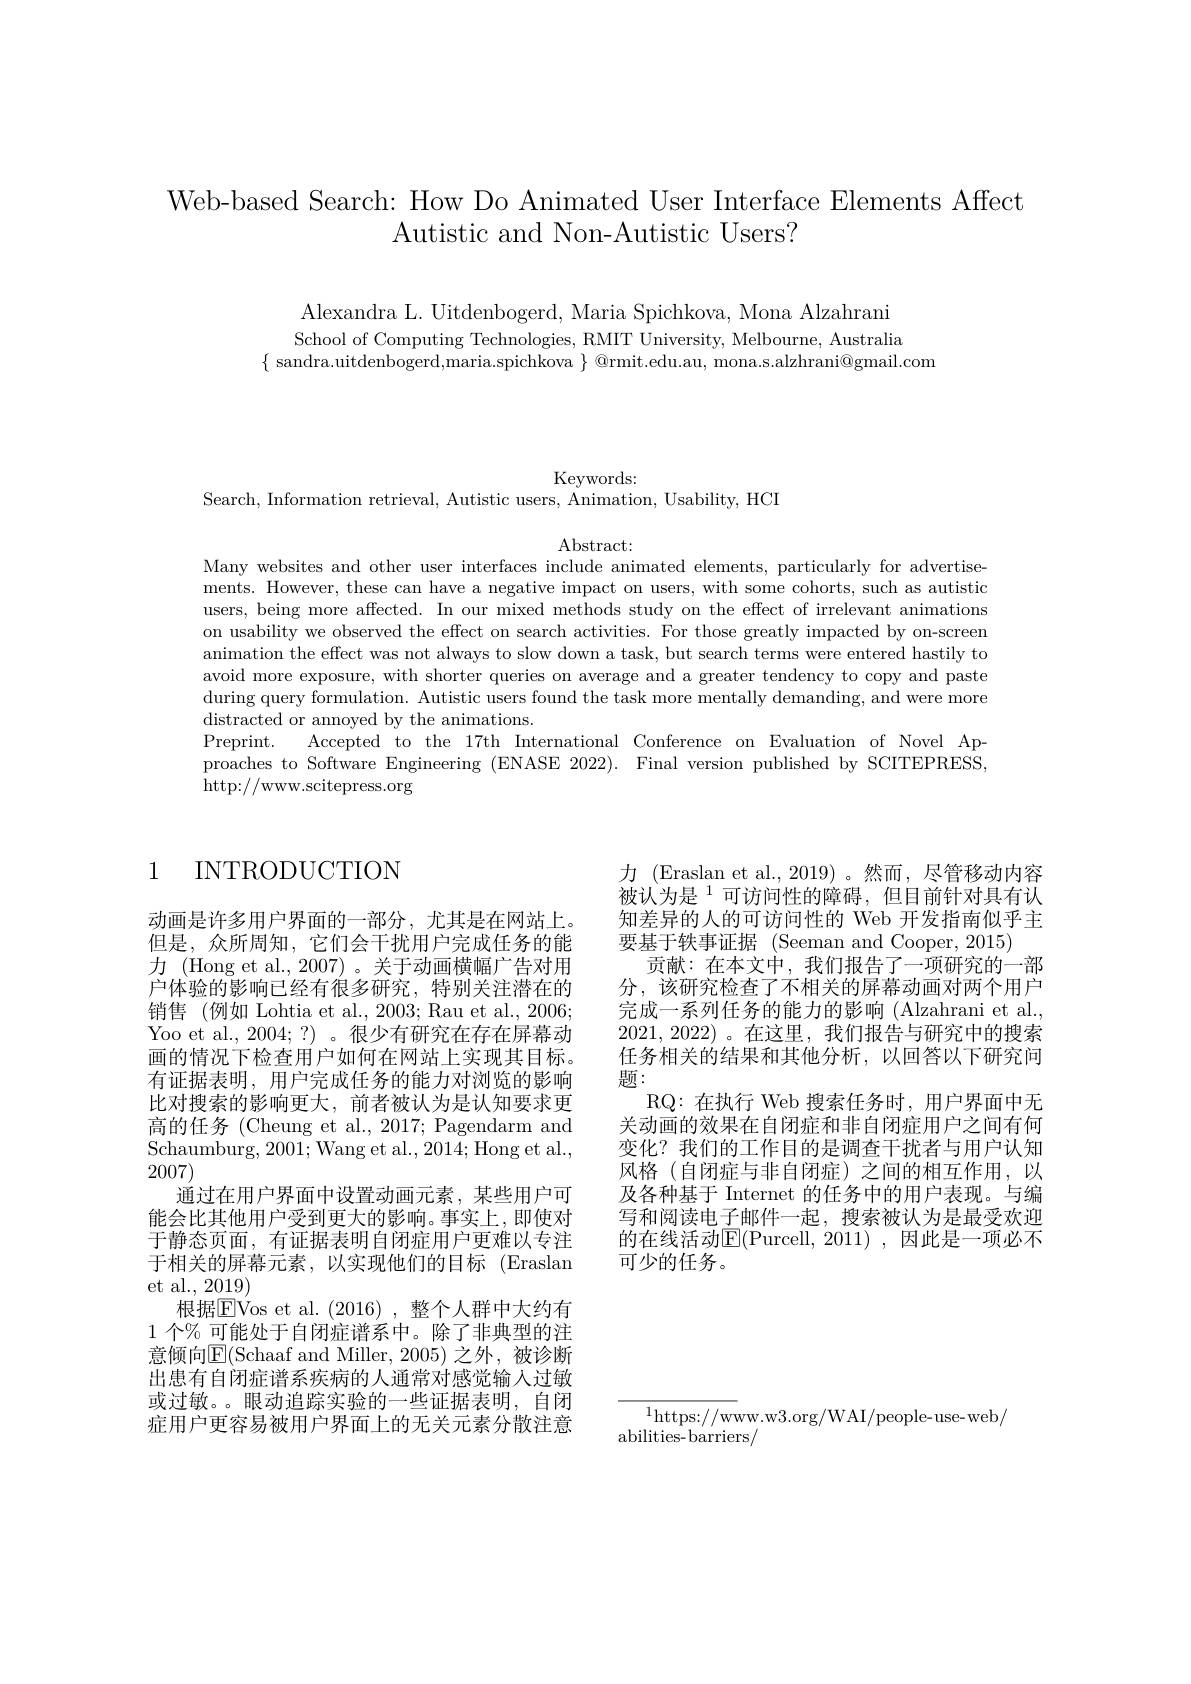
Web-based Search: How Do Animated User Interface Elements Affect
Autistic and Non-Autistic Users?

Alexandra L. Uitdenbogerd, Maria Spichkova, Mona Alzahrani School of Computing Technologies, RMIT University, Melbourne, Australia
$\{$ sandra.uitdenbogerd,maria.spichkova $\}$ @rmit.edu.au, mona.s.alzhrani@gmail.com

Keywords:

Search, Information retrieval, Autistic users, Animation, Usability, HCI

Abstract:

Many websites and other user interfaces include animated elements, particularly for advertisements. However, these can have a negative impact on users, with some cohorts, such as autistic users, being more affected. In our mixed methods study on the effect of irrelevant animations on usability we observed the effect on search activities. For those greatly impacted by on-screen animation the effect was not always to slow down a task, but search terms were entered hastily to avoid more exposure, with shorter queries on average and a greater tendency to copy and paste during query formulation. Autistic users found the task more mentally demanding, and were more distracted or annoyed by the animations.
Preprint. Accepted to the 17th International Conference on Evaluation of Novel Approaches to Software Engineering (ENASE 2022). Final version published by SCITEPRESS, http://www.scitepress.org

## 1 INTRODUCTION

动画是许多用户界面的一部分，尤其是在网站上。但是，众所周知，它们会干扰用户完成任务的能力 (Hong et al., 2007) 。关于动画横幅广告对用户体验的影响已经有很多研究，特别关注潜在的销售 (例如 Lohtia et al., 2003; Rau et al., 2006; Yoo et al., 2004;?)。很少有研究在存在屏幕动画的情况下检查用户如何在网站上实现其目标。有证据表明，用户完成任务的能力对浏览的影响比对搜索的影响更大，前者被认为是认知要求更高的任务 (Cheung et al., 2017; Pagendarm and Schaumburg, 2001; Wang et al. , 2014; Hong et al. , 2007)
通过在用户界面中设置动画元素，某些用户可能会比其他用户受到更大的影响。事实上，即使对于静态页面，有证据表明自闭症用户更难以专注于相关的屏幕元素，以实现他们的目标(Eraslan et al., 2019)
根据$\boxed{\mathrm{FVos~et~al.~}}(2016)$,整个人群中大约有1个% 可能处于自闭症谱系中。除了非典型的注意倾向E(Schaaf and Miller, 2005)之外，被诊断出患有自闭症谱系疾病的人通常对感觉输入过敏或过敏。。眼动追踪实验的一些证据表明，自闭症用户更容易被用户界面上的无关元素分散注意

力 (Eraslan et al., 2019) 。然而，尽管移动内容被认为是$^{1}$可访问性的障碍，但目前针对具有认知差异的人的可访问性的 Web 开发指南似乎主要基于轶事证据 (Seeman and Cooper, 2015)
贡献：在本文中，我们报告了一项研究的一部分，该研究检查了不相关的屏幕动画对两个用户完成一系列任务的能力的影响(Alzahrani et al. 2021,2022) 。在这里，我们报告与研究中的搜索任务相关的结果和其他分析，以回答以下研究问题：
RQ:在执行 Web 搜索任务时，用户界面中无关动画的效果在自闭症和非自闭症用户之间有何变化？我们的工作目的是调查干扰者与用户认知风格(自闭症与非自闭症)之间的相互作用，以及各种基于 Internet 的任务中的用户表现。与编写和阅读电子邮件一起，搜索被认为是最受欢迎的在线活动E(Purcell, 2011),因此是一项必不可少的任务。

$^{1}$https://www.w3.org/WAI/people-use-web/
abilities-barriers/